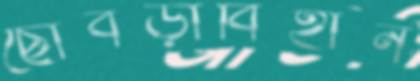
ছোবড়াবিহীন